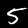
Digit: 5